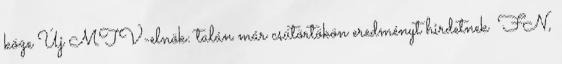
köze Új MTV-elnök: talán már csütörtökön eredményt hirdetnek FN,